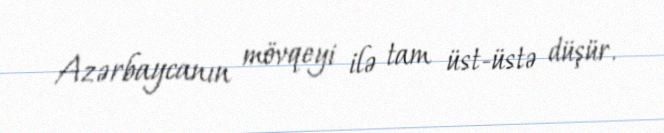
Azərbaycanın mövqeyi ilə tam üst-üstə düşür.